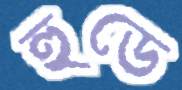
হুডে